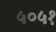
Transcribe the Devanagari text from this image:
५०५१